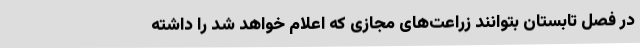
در فصل تابستان بتوانند زراعت‌های مجازی که اعلام خواهد شد را داشته